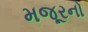
મજૂરનો